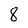
Character: 8